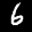
Label: 6